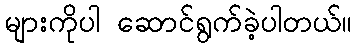
များကိုပါ ဆောင်ရွက်ခဲ့ပါတယ်။